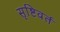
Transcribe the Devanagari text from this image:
सृष्टिवर्त